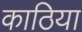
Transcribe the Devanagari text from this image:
काठिया